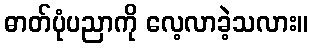
ဓာတ်ပုံပညာကို လေ့လာခဲ့သလား။